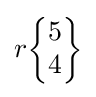
r{\begin{Bmatrix}5\\4\end{Bmatrix}}